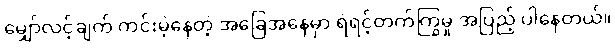
မျှော်လင့်ချက် ကင်းမဲ့နေတဲ့ အခြေအနေမှာ ရဲရင့်တက်ကြွမှု အပြည့် ပါနေတယ်။